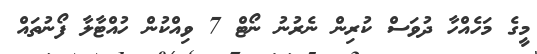
މީގެ މަހެއްހާ ދުވަސް ކުރިން ނެރުނު ނޯޓް 7 ވިއްކުން ހުއްޓާލާ ފޯނުތައް